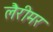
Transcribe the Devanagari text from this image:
लैरीमर